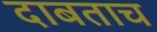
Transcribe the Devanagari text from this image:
दाबताच